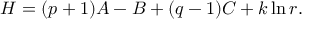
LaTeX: H = ( p + 1 ) A - B + ( q - 1 ) C + k \ln r .